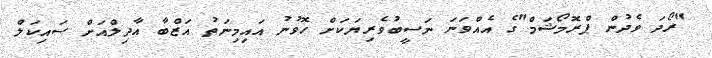
"ރޯދަ ވެދުން ޕްރޮމޯޝަމް"ގެ އެއްވަނަ ނަސީބުވެރިޔަކަށް ހޮވުނު އައިމިނަތު އަޒްބާ އާދިލްއަށް ސައިކަލް